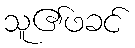
သူ၏ဖခင်